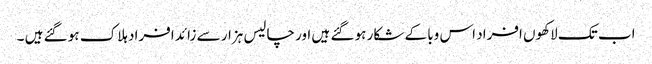
اب تک لاکھوں افراد اس وبا کے شکار ہو گئے ہیں اور چالیس ہزار سے زائد افراد ہلاک ہو گئے ہیں ۔